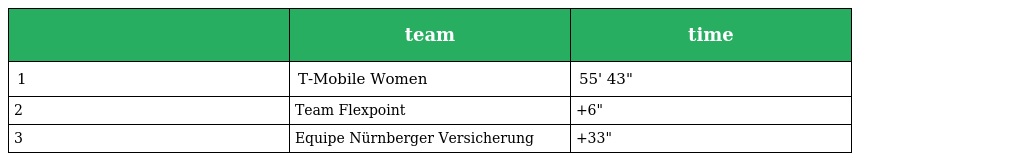
|  | team | time |
 | --- | --- | --- |
 | 1 | T-Mobile Women | 55' 43" |
 | 2 | Team Flexpoint | +6" |
 | 3 | Equipe Nürnberger Versicherung | +33" |